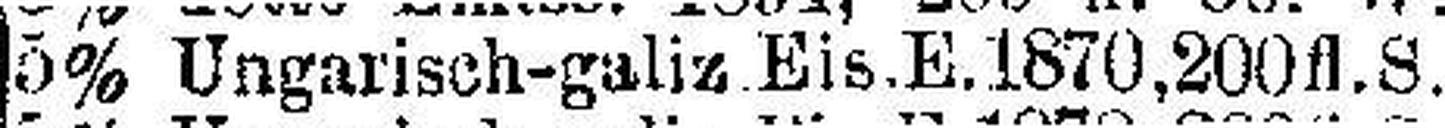
5% Ungarisch-galiz Eis.E.1870, 200 fl.S.